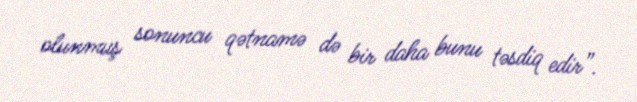
olunmuş sonuncu qətnamə də bir daha bunu təsdiq edir”.